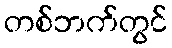
တစ်ဘက်တွင်